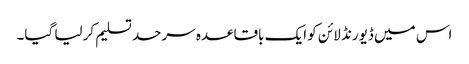
اس میں ڈیورنڈ لائن کو ایک باقاعدہ سرحد تسلیم کر لیا گیا۔